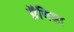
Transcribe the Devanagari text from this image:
ग्रॅविडा